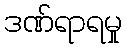
ဒဏ်ရာရမှု